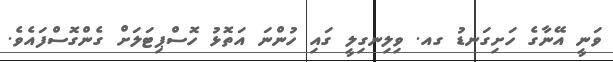
ވަނީ އޭނާގެ ހަށިގަނޑު ގއ. ވިލިނގިލީ ގައި ހުންނަ އަތޮޅު ހޮސްޕިޓަލަށް ގެންގޮސްފައެވެ.